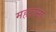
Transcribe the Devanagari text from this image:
महराना